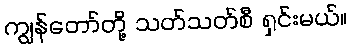
ကျွန်တော်တို့ သတ်သတ်စီ ရှင်းမယ်။